Report on the lunatic asylums under the Government of Bombay - 1904-1913
Year: 1904
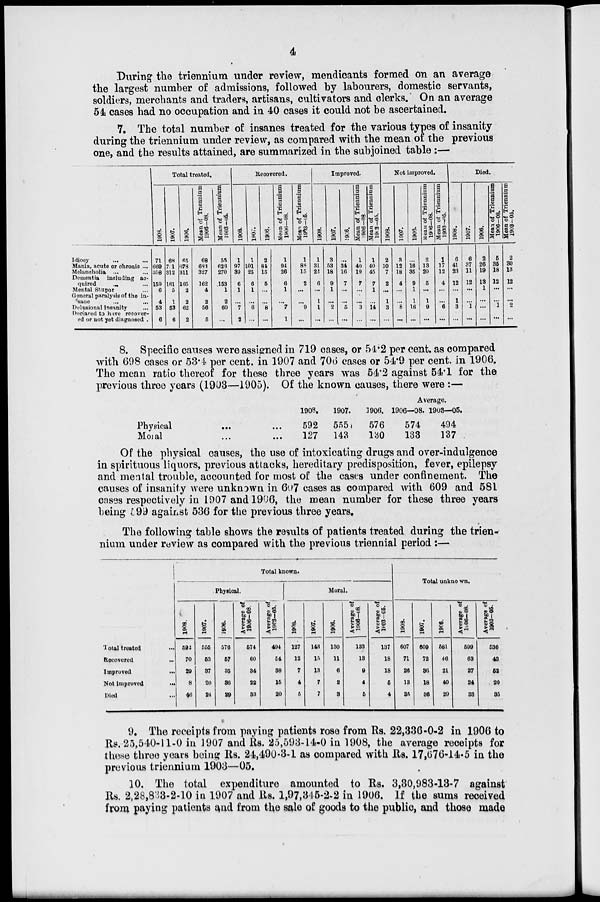
4
During the triennium under review, mendicants formed on an average
the largest number of admissions, followed by labourers, domestic servants,
soldiers, merchants and traders, artisans, cultivators and clerks. On an average
54 cases had no occupation and in 40 cases it could not be ascertained.
7. The total number of insanes treated for the various types of insanity
during the triennium under review, as compared with the mean of the previous
one, and the results attained, are summarized in the subjoined table :—
Idiocy ... ...
Mania, acute or chronic ...
Melancholia ... ...
Dementia including ac-
quired ... ...
Mental Stupor ...
General paralysis of the in-
sane
...
...
Delusional Insanity ...
Declared to have recover-
ed or not yet diagnosed .
Total treated.
1908.
71
669
358
159
6
4
53
6
1907.
68
731
312
161
5
1
53
6
1906.
65
678
311
165
2
2
62
2
Mean of Triennium
1906—08.
68
683
327
162
4
2
56
5
Mean of Triennium
1903-05.
55
626
270
153
1
2
60
...
Recovered.
1908.
1
97
39
6
1
...
7
2
1907.
1
101
25
6
1
...
6
...
1906.
2
84
15
5
...
...
8
...
Mean of Triennium
1906—08.
1
94
26
6
1
...
7
1
Mean of Triennium
1903-05.
1
88
15
2
...
...
9
...
Improved.
1908.
1
31
22
6
...
1
1
...
1907.
3
53
18
9
1
...
2
...
1906.
...
34
16
7
...
...
5
...
Mean of Triennium
1906—08.
1
40
19
7
...
...
3
...
Mean of Triennium
1903—05.
1
40
45
7
1
...
14
...
Not improved.
1908.
2
10
7
2
...
1
3
...
1907.
3
12
18
4
...
...
8
...
1906.
...
16
35
9
1
1
16
...
Mean of Triennium
1906—08.
2
13
20
5
...
1
9
...
Mean of Triennium
1903—05.
1
17
12
4
...
...
6
...
Died.
1908.
6
41
23
12
...
1
3
...
1907.
6
37
11
12
...
...
1
...
1906.
2
26
19
13
1
...
...
...
Mean of Triennium
1906-08.
5
35
18
12
...
...
1
...
Mean of Triennium
1903-05.
2
30
13
12
...
...
2
...
8. Specific causes were assigned in 719 cases, or 54.2 per cent. as compared
with 698 cases or 53.4 per cent. in 1907 and 706 cases or 54.9 per cent. in 1906.
The mean ratio thereof for these three years was 54.2 against 54.1 for the
previous three years (1903—1905). Of the known causes, there were :—
Average.
Physical ... ...
Moral ... ...
1908.
592
127
1907.
555
143
1906.
576
130
1906—08.
574
133
1903—05.
494
137
Of the physical causes, the use of intoxicating drugs and over-indulgence
in spirituous liquors, previous attacks, hereditary predisposition, fever, epilepsy
and mental trouble, accounted for most of the cases under confinement. The
causes of insanity were unknown in 607 cases as compared with 609 and 581
cases respectively in 1907 and 1906, the mean number for these three years
being 599 against 536 for the previous three years.
The following table shows the results of patients treated during the trien-
nium under review as compared with the previous triennial period :—
Total treated ...
Recovered ...
Improved
...
Not Improved
...
Died ...
Total known.
Physical.
1908.
592
70
29
8
46
1907.
555
53
37
20
24
1906.
576
57
35
36
29
Average of
1906—08
574
60
34
22
33
Average of
1903—05.
494
54
38
15
20
Moral.
1908.
127
12
7
4
5
1907.
143
15
13
7
7
1906.
130
11
6
2
3
Average of
1906-08.
133
13
9
4
5
Average of
1903-05.
137
18
18
5
4
Total unknown.
1908.
607
71
26
13
35
1907.
609
72
36
18
36
1906.
581
46
21
40
29
Average of
1906-08.
599
63
27
24
33
Average of
1903—05.
536
43
52
20
35
9. The receipts from paying patients rose from Rs. 22,336-0-2 in 1906 to
Rs. 25,540-11-0 in 1907 and Rs. 25,593-14-0 in 1908, the average receipts for
these three years being Rs. 24,490-3-1 as compared with Rs. 17,676-14-5 in the
previous triennium 1903—05.
10. The total expenditure amounted to Rs. 3,30,983-13-7 against
Rs. 2,28,833-2-10 in 1907 and Rs. 1,97,345-2-2 in 1906. If the sums received
from paying patients and from the sale of goods to the public, and those made